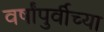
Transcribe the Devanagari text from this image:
वर्षांपुर्वीच्या